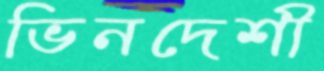
ভিনদেশী